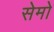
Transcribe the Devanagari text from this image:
सेमो